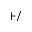
+ / -